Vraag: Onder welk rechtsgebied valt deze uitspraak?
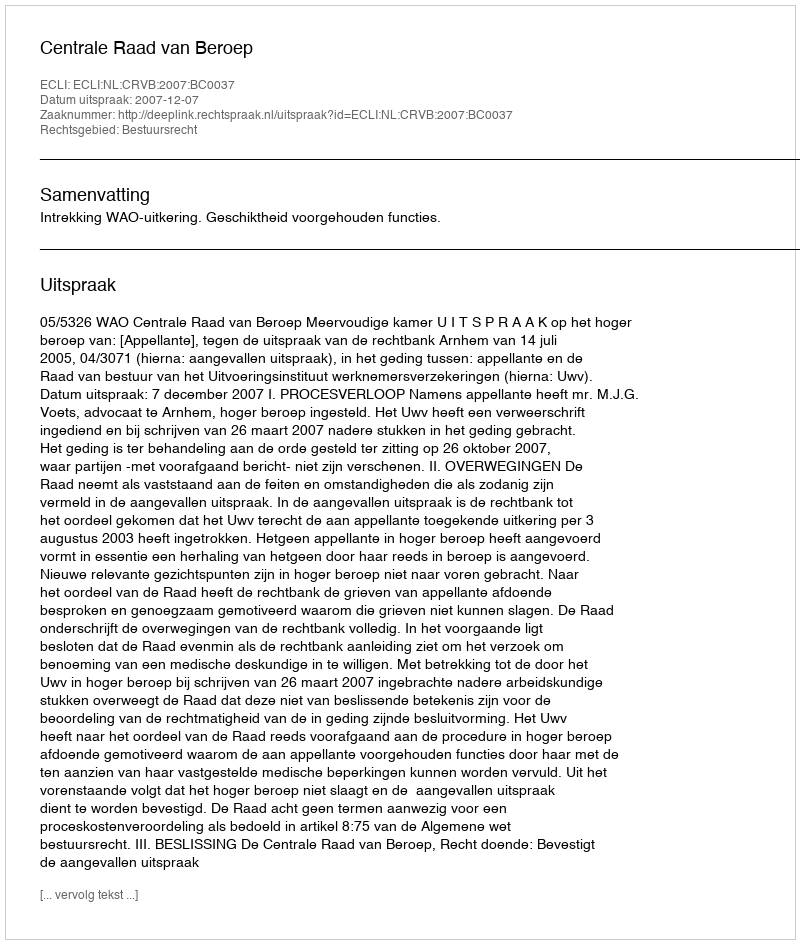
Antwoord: Bestuursrecht